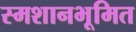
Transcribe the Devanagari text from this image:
स्मशानभूमित